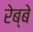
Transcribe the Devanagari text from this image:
रेब्बे